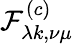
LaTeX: \mathcal{F}_{\lambda k,\nu\mu}^{(c)}